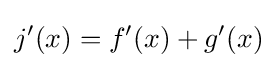
j^{\prime }(x)=f^{\prime }(x)+g^{\prime }(x)